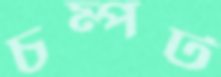
চম্পট